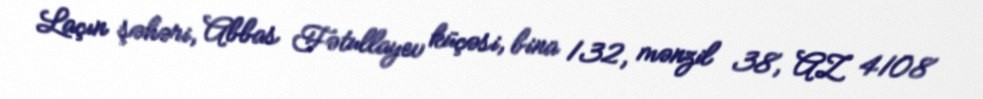
Laçın şəhəri, Abbas Fətullayev küçəsi, bina 132, mənzil 38, AZ 4108